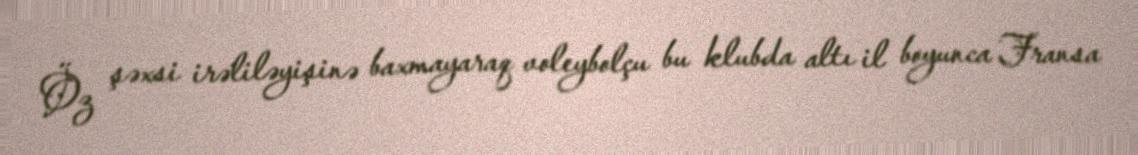
Öz şəxsi irəliləyişinə baxmayaraq voleybolçu bu klubda altı il boyunca Fransa